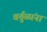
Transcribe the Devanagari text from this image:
वर्तुळांना